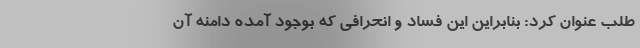
طلب عنوان کرد: بنابراین این فساد و انحرافی که بوجود آمده دامنه آن